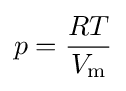
p={\frac {RT}{V_{\text{m}}}}